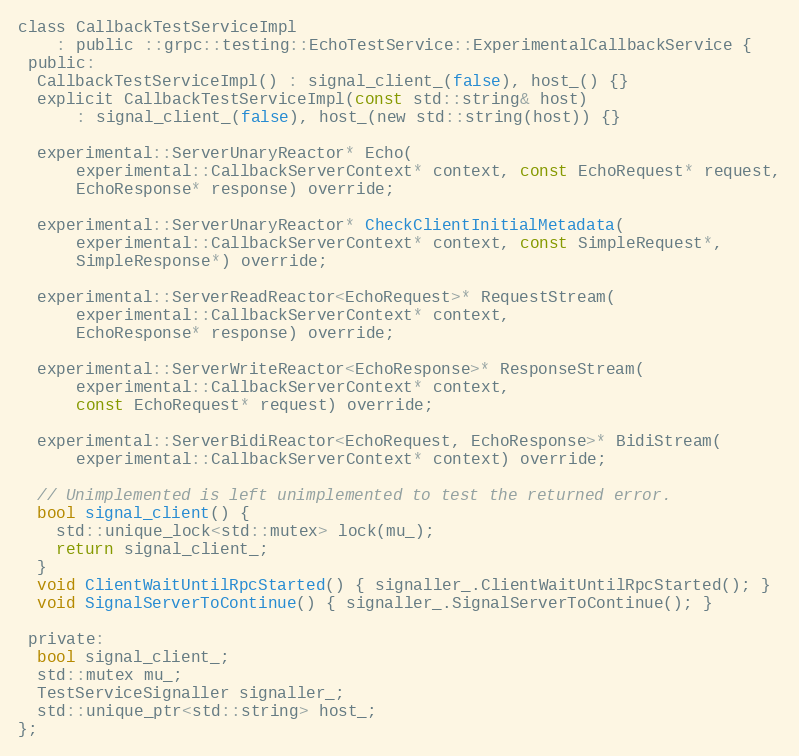
Language: C
class CallbackTestServiceImpl
    : public ::grpc::testing::EchoTestService::ExperimentalCallbackService {
 public:
  CallbackTestServiceImpl() : signal_client_(false), host_() {}
  explicit CallbackTestServiceImpl(const std::string& host)
      : signal_client_(false), host_(new std::string(host)) {}

  experimental::ServerUnaryReactor* Echo(
      experimental::CallbackServerContext* context, const EchoRequest* request,
      EchoResponse* response) override;

  experimental::ServerUnaryReactor* CheckClientInitialMetadata(
      experimental::CallbackServerContext* context, const SimpleRequest*,
      SimpleResponse*) override;

  experimental::ServerReadReactor<EchoRequest>* RequestStream(
      experimental::CallbackServerContext* context,
      EchoResponse* response) override;

  experimental::ServerWriteReactor<EchoResponse>* ResponseStream(
      experimental::CallbackServerContext* context,
      const EchoRequest* request) override;

  experimental::ServerBidiReactor<EchoRequest, EchoResponse>* BidiStream(
      experimental::CallbackServerContext* context) override;

  // Unimplemented is left unimplemented to test the returned error.
  bool signal_client() {
    std::unique_lock<std::mutex> lock(mu_);
    return signal_client_;
  }
  void ClientWaitUntilRpcStarted() { signaller_.ClientWaitUntilRpcStarted(); }
  void SignalServerToContinue() { signaller_.SignalServerToContinue(); }

 private:
  bool signal_client_;
  std::mutex mu_;
  TestServiceSignaller signaller_;
  std::unique_ptr<std::string> host_;
};